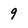
Character: 9